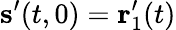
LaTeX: \mathbf{s}^{\prime}(t,0)=\mathbf{r}_{1}^{\prime}(t)